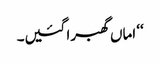
‘‘ اماں گھبرا گئیں۔